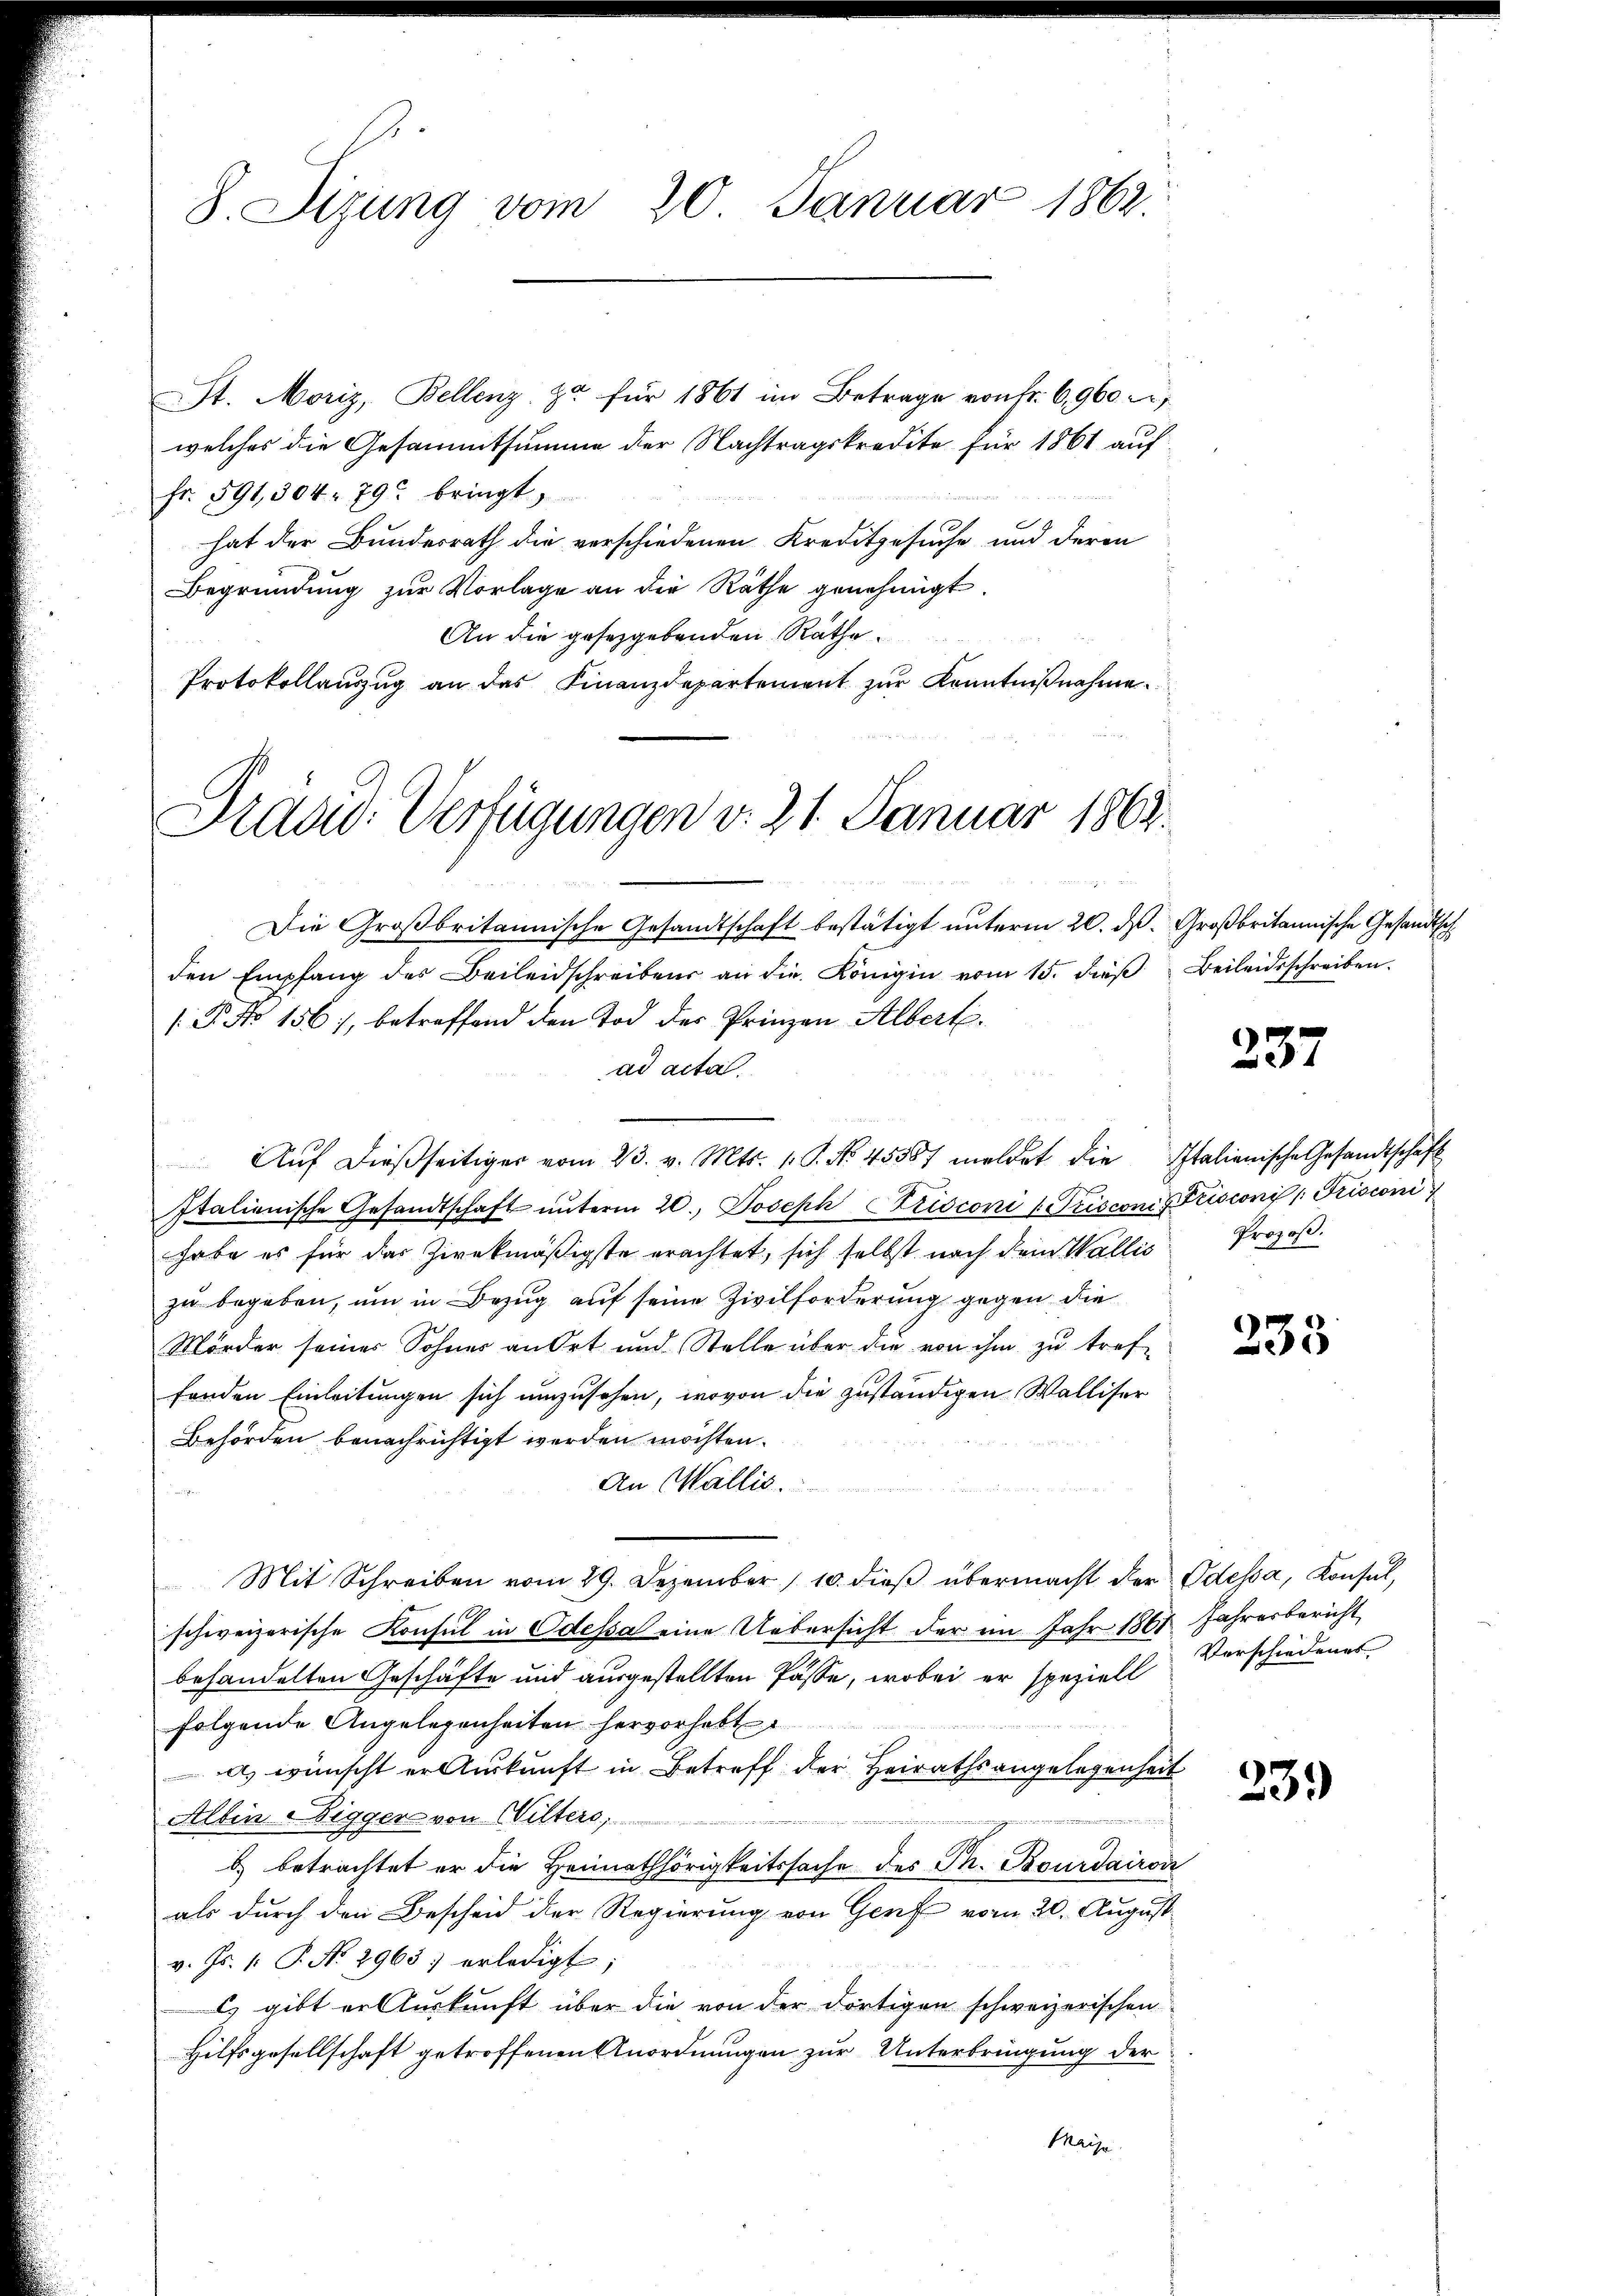
8. Sizung vom 20. Januar 1862.

St. Moriz, Bellenz zu für 1861 im Betrage von Fr. 6,960 c
welches die Gesammtsumme der Nachtragskredite für 1861 auf
Fr. 591, 304. 792 bringt.
hat der Bundesrath die verschiedenen Kreditgesuche und deren
Begründung zur Vorlage an die Räthe genehmigt.
An die gesetzgebenden Räthe
Protokollauszug an das Finanzdepartement zur Kenntnißnahme.
Die Großbritannische Gesandtschaft bestätigt unterm 20. ds. Großbritannische Gesandtsch
den Empfang des Beileidschreibens an die Königin vom 15. dieβ Beileidsschreiben.
/. P. No 156), betreffend den Tod des Prinzen Albert.
ad acta
Aŭf dießseitiger vom 23. v. Mts. 1. P. Nr. 45587 meldet die Italienische Gesandtschaft
Italienische Gesandtschaft ŭnterm 20. Joseph CZzisconi Prisconi v. Frisconi  Frisconi
habe es für das Zivekmäßigste erachtet, sich selbst nach dem Wallis Propos.
zu begeben, um in Bezug auf seine Zivilforderung gegen die
Mörder seiner Sohner an Ort und Stelle über die von ihm zu treffonden Einleitungen sich umzusehen, wovon die zuständigen Walliser
Behörden benachrichtigt werden möchten.
An Wallis.
Mit Schreiben vom 29. Dezember 10. dieβ übermacht der Odessa, Konsul,
schweizerische Konsul in Odessa eine Uebersicht der im Jahr 1867 Jahresbericht
behandelten Geschäfte und ausgestellten Pässe, wobei er speziell
folgende Angelegenheiten hervorhebt
a) wünscht er Auskunft in Betreff der Heirathsangelegenheit
Albin Digger von Wilters,
enannten wegen die des
b) betrachtet er die Heimathörigkeitssache des Th. Bourdairen
als durch den Bescheid der Regierung von Genf vom 20. August
v. Js. 1. P. No. 2963 erledigt;
l gibt er Auskunft über die von der dortigen schweizerischen
Hilfsgesellschaft getroffenen Anordnungen zur Unterbringung der
Mayse

Präsid. Verfügungen v. 21. Januar 1863.

1 Messe Meter

237

233

Verschiedenes

239